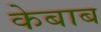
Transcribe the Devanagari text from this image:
केबाब